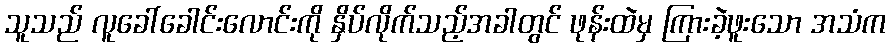
သူသည် လူခေါ်ခေါင်းလောင်းကို နှိပ်လိုက်သည့်အခါတွင် ဖုန်းထဲမှ ကြားခဲ့ဖူးသော အသံက